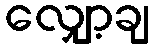
လျှော့ချ